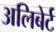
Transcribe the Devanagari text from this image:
अलिबेर्ट